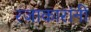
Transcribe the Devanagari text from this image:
रजाकारांनी